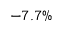
- 7 . 7 \%